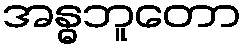
အန္ဓဘူတော